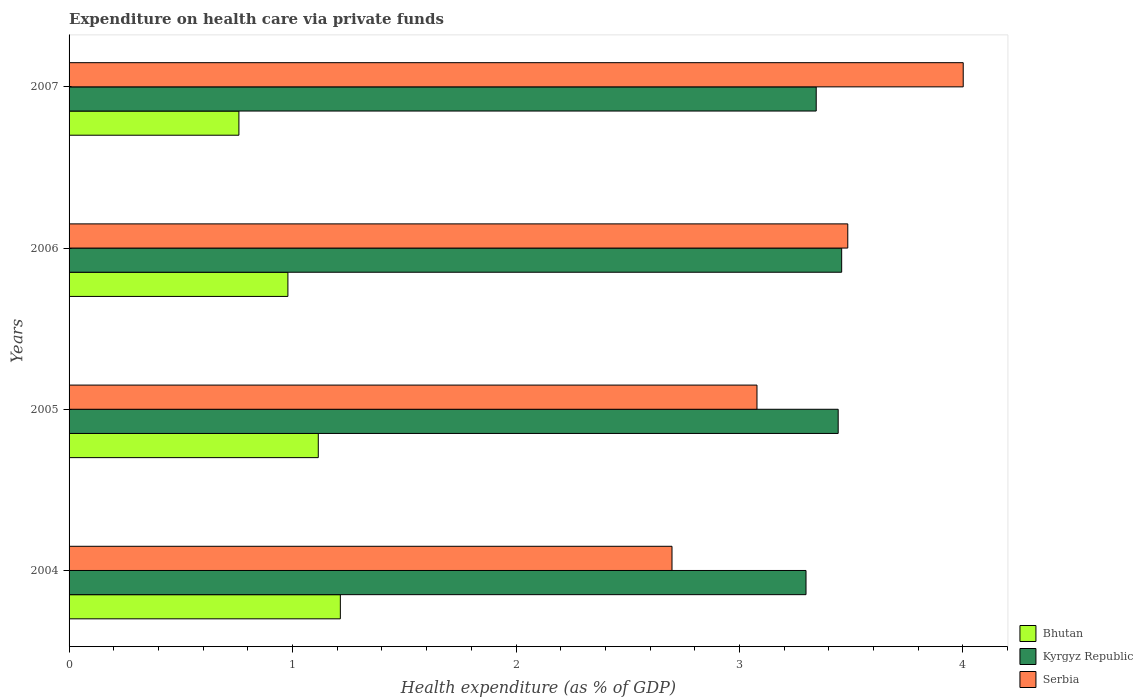
| Years | Bhutan | Kyrgyz Republic | Serbia |
 | --- | --- | --- | --- |
 | 2004 | 1.21 | 3.3 | 2.7 |
 | 2005 | 1.12 | 3.44 | 3.08 |
 | 2006 | 0.979 | 3.46 | 3.48 |
 | 2007 | 0.76 | 3.34 | 4 |